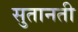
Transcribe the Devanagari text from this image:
सुतानती